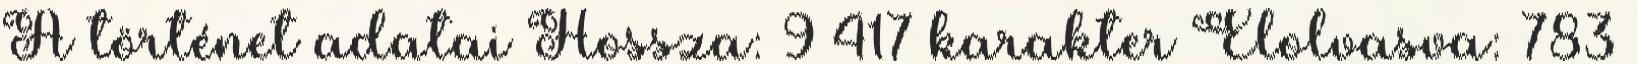
A történet adatai Hossza: 9 417 karakter Elolvasva: 783